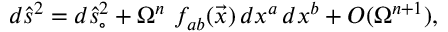
d { \hat { s } } ^ { 2 } = d { \hat { s } } _ { \circ } ^ { 2 } + \Omega ^ { n } \, \, f _ { a b } ( \vec { x } ) \, d x ^ { a } \, d x ^ { b } + { \cal O } ( \Omega ^ { n + 1 } ) ,